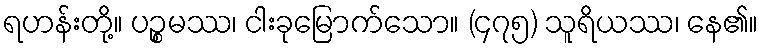
ရဟန်းတို့။ ပဉ္စမဿ၊ ငါးခုမြောက်သော။ (၄၇၅) သူရိယဿ၊ နေ၏။